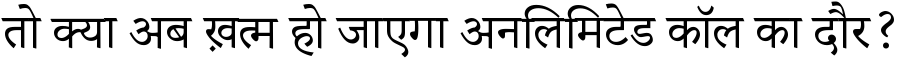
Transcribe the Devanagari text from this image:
तो क्या अब ख़त्म हो जाएगा अनलिमिटेड कॉल का दौर?